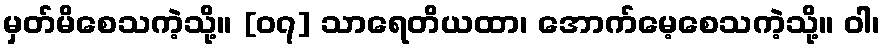
မှတ်မိစေသကဲ့သို့။ [၀၇] သာရေတိယထာ၊ အောက်မေ့စေသကဲ့သို့။ ဝါ၊